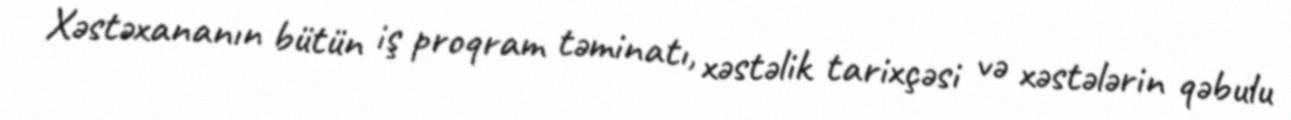
Xəstəxananın bütün iş proqram təminatı, xəstəlik tarixçəsi və xəstələrin qəbulu